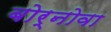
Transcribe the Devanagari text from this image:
बोर्नोवा